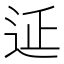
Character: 𨒂